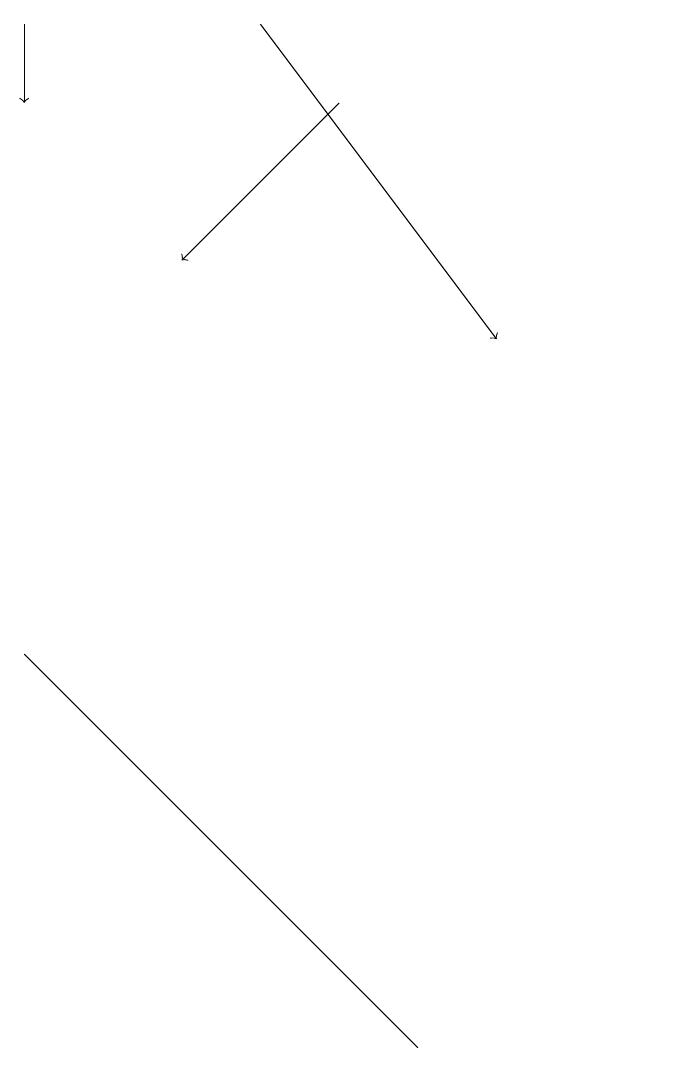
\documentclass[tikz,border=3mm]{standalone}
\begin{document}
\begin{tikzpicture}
\draw (6,4) -- (2,8) -- (7,3) -- cycle;
\draw[->] (2,16) -- (2,15);
\draw[->] (5,16) -- (8,12);
\draw (10,11) circle (0);
\draw[->] (6,15) -- (4,13);
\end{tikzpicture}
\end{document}